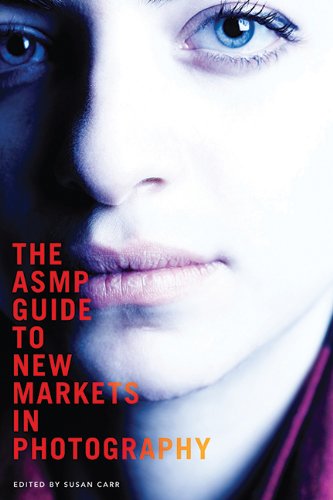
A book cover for The ASMP Guide to New Markets in Photography; Arts & Photography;